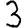
Digit: 3